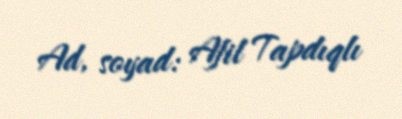
Ad, soyad: Afil Tapdıqlı